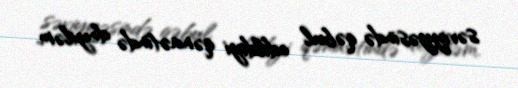
səviyyəsində qəbul edildiyi qənaətində deyiləm.